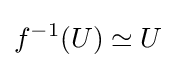
f^{-1}(U)\simeq U